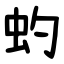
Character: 虳